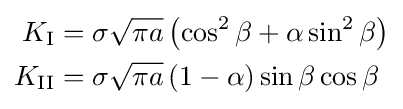
{\begin{aligned}K_{\rm {I}}&=\sigma {\sqrt {\pi a}}\left(\cos ^{2}\beta +\alpha \sin ^{2}\beta \right)\\K_{\rm {II}}&=\sigma {\sqrt {\pi a}}\left(1-\alpha \right)\sin \beta \cos \beta \end{aligned}}